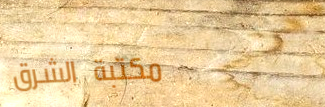
مكتبة الشرق